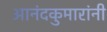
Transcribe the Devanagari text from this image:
आनंदकुमारांनी